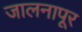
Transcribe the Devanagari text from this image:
जालनापूर